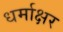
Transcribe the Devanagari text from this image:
धर्माक्षर